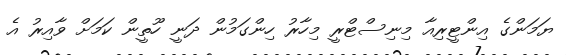
ޔަމަންގެ އިންޓީރިއާ މިނިސްޓްރީ މިހާރު ހިންގަމުން ދަނީ ހޫތީން ކަމަށް ވާއިރު އެ